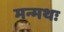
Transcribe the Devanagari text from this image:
मन्मथः